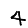
Digit: 4